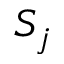
S _ { j }